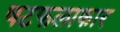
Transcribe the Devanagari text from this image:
षटफलाकार